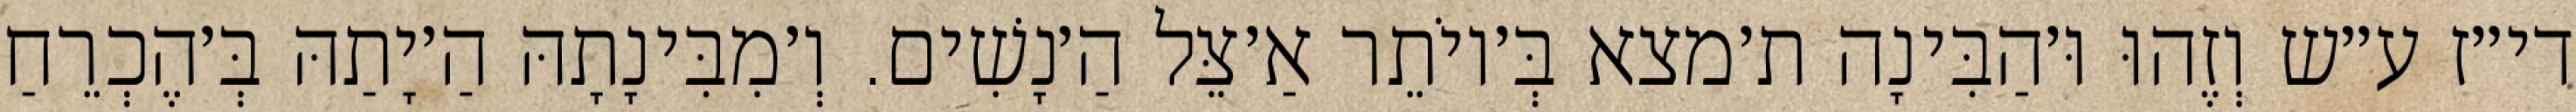
די״ז ע״ש וְזֶהוּ וּ׳הַבִּינָה ת׳מצא בְּ׳יוֹתֵר אַ׳צֵּל הַ׳נָשִׁים. וְ׳מִבִּינָתָהּ הַ׳יָתַהּ בְּ׳הֶכְרֵחַ